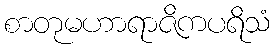
စာတုမဟာရာဇိကပရိသံ